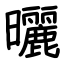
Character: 曬